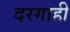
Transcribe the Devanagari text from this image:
दरगाही